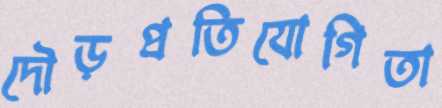
দৌড়প্রতিযোগিতা